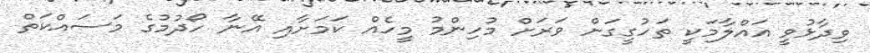
ވިދާޅުވީ އައްލާމަކީ ތަހުގީގަށް ވަރަށް މުހިންމު މީހެއް ކަމަށާއި އޭނާ ހޯދުމުގެ މަސައްކަތް